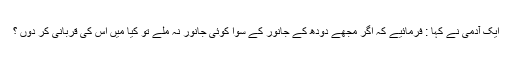
ایک آدمی نے کہا : فرمائیے کہ اگر مجھے دودھ کے جانور کے سوا کوئی جانور نہ ملے تو کیا میں اس کی قربانی کر دوں ؟